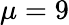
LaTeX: \mu=9